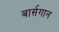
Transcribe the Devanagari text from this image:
बार्सगान